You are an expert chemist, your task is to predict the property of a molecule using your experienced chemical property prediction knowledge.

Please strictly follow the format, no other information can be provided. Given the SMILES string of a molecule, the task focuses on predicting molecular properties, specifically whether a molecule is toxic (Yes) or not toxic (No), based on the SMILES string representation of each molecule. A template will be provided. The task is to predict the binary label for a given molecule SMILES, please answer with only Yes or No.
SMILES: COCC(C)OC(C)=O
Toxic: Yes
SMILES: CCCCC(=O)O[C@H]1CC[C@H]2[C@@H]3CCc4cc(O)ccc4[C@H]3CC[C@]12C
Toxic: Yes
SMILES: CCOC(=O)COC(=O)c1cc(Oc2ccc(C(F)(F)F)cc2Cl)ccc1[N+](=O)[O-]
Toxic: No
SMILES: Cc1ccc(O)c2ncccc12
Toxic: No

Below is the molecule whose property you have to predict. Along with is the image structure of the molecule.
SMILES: O=C1NC(=O)c2ccccc21
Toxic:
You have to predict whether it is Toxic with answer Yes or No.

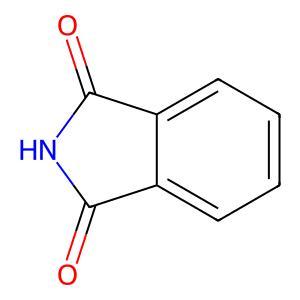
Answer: No